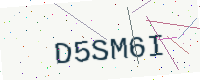
Text: D5SM6I